Vaccination Hyderabad 1890-1903 - 1890-1903
Year: 1890
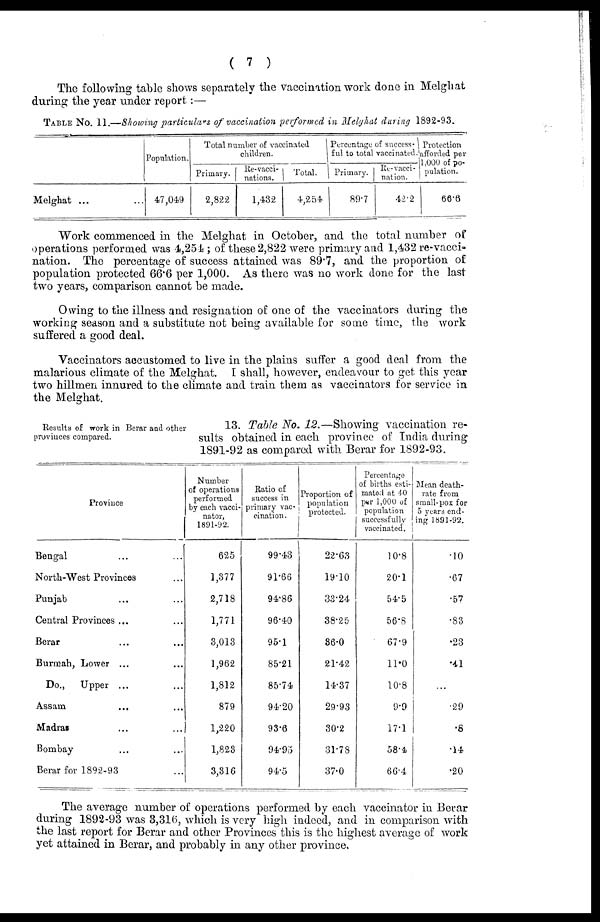
( 7 )
The following table shows separately the vaccination work done in Melghat
during the year under report:—
TABLE No. 11.—Showing particulars of vaccination performed in Melghat during 1892-93.
Melghat ... ...
Population.
47,049
Total number of vaccinated
children.
Primary.
2,822
Re-vacci-
nations.
1,432
Total.
4,254
Percentage of success
ful to total vaccinated.
Primary.
89.7
Re-vacci¬
nation.
42.2
Protection
afforded per
1,000 of po-
pulation.
66.6
Work commenced in the Melghat in October, and the total number of
operations performed was 4,254; of these 2,822 were primary and 1,432 re-vacci-
nation. The percentage of success attained was 89.7, and the proportion of
population protected 66.6 per 1,000. As there was no work done for the last
two years, comparison cannot be made.
Owing to the illness and resignation of one of the vaccinators during the
working season and a substitute not being available for some time, the work
suffered a good deal.
Vaccinators accustomed to live in the plains suffer a good deal from the
malarious climate of the Melghat. I shall, however, endeavour to get this year
two hillmen innured to the climate and train them as vaccinators for service in
the Melghat.
Results of work in Berar and other
provinces compared.
13. Table No. 12.—Showing vaccination re-
sults obtained in each province of India during
1891-92 as compared with Berar for 1892-93.
Province
Bengal ... ...
North-West Provinces ...
Punjab ... ...
Central Provinces ... ...
Berar ... ...
Burmah, Lower ...
Do.,
Upper ...
Assam
...
Madras ... ...
Bombay ... ...
Berar for 1892-93 ...
Number
of operations
performed
by each vacci-
nator,
1891-92.
625
1,377
2,718
1,771
3,013
1,962
1,812
879
1,220
1,823
3,316
Ratio of
success in
primary vac-
cination.
99.43
91.66
94.86
96.40
95.1
85.21
85.74
94.20
93.6
94.95
94.5
Proportion of
population
protected.
22.63
19.10
33.24
38.25
36.0
21.42
14.37
29.93
30.2
31.78
37.0
Percentage
of births esti-
mated at 40
per 1,000 of
population
successfully
vaccinated.
10.8
20.1
54.5
56.8
67.9
11.0
10.8
9.9
17.1
58.4
66.4
Mean death¬
rate from
small-pox for
5 years end-
ing 1891-92.
.10
.67
.57
.83
.23
.41
...
.29
.8
.14
.20
The average number of operations performed by each vaccinator in Berar
during 1892-93 was 3,316, which is very high indeed, and in comparison with
the last report for Berar and other Provinces this is the highest average of work
yet attained in Berar, and probably in any other province.